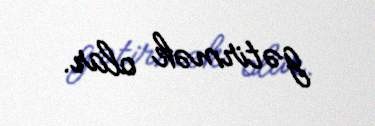
gətirmək olar.